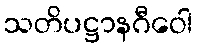
သတိပဋ္ဌာနဂီဝေါ